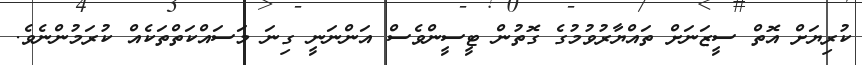
ކުރިޔަށް އޮތް ސީޒަނަށް ތައްޔާރުވުމުގެ ގޮތުން ޓީސީންވެސް އަންނަނީ ގިނަ މަސައްކަތްތަކެއް ކުރަމުންނެވެ.